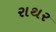
રાથર